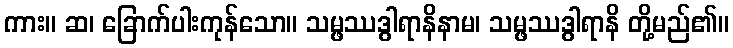
ကား။ ဆ၊ ခြောက်ပါးကုန်သော။ သမ္ဖဿဒွါရာနိနာမ၊ သမ္ဖဿဒွါရာနိ တို့မည်၏။